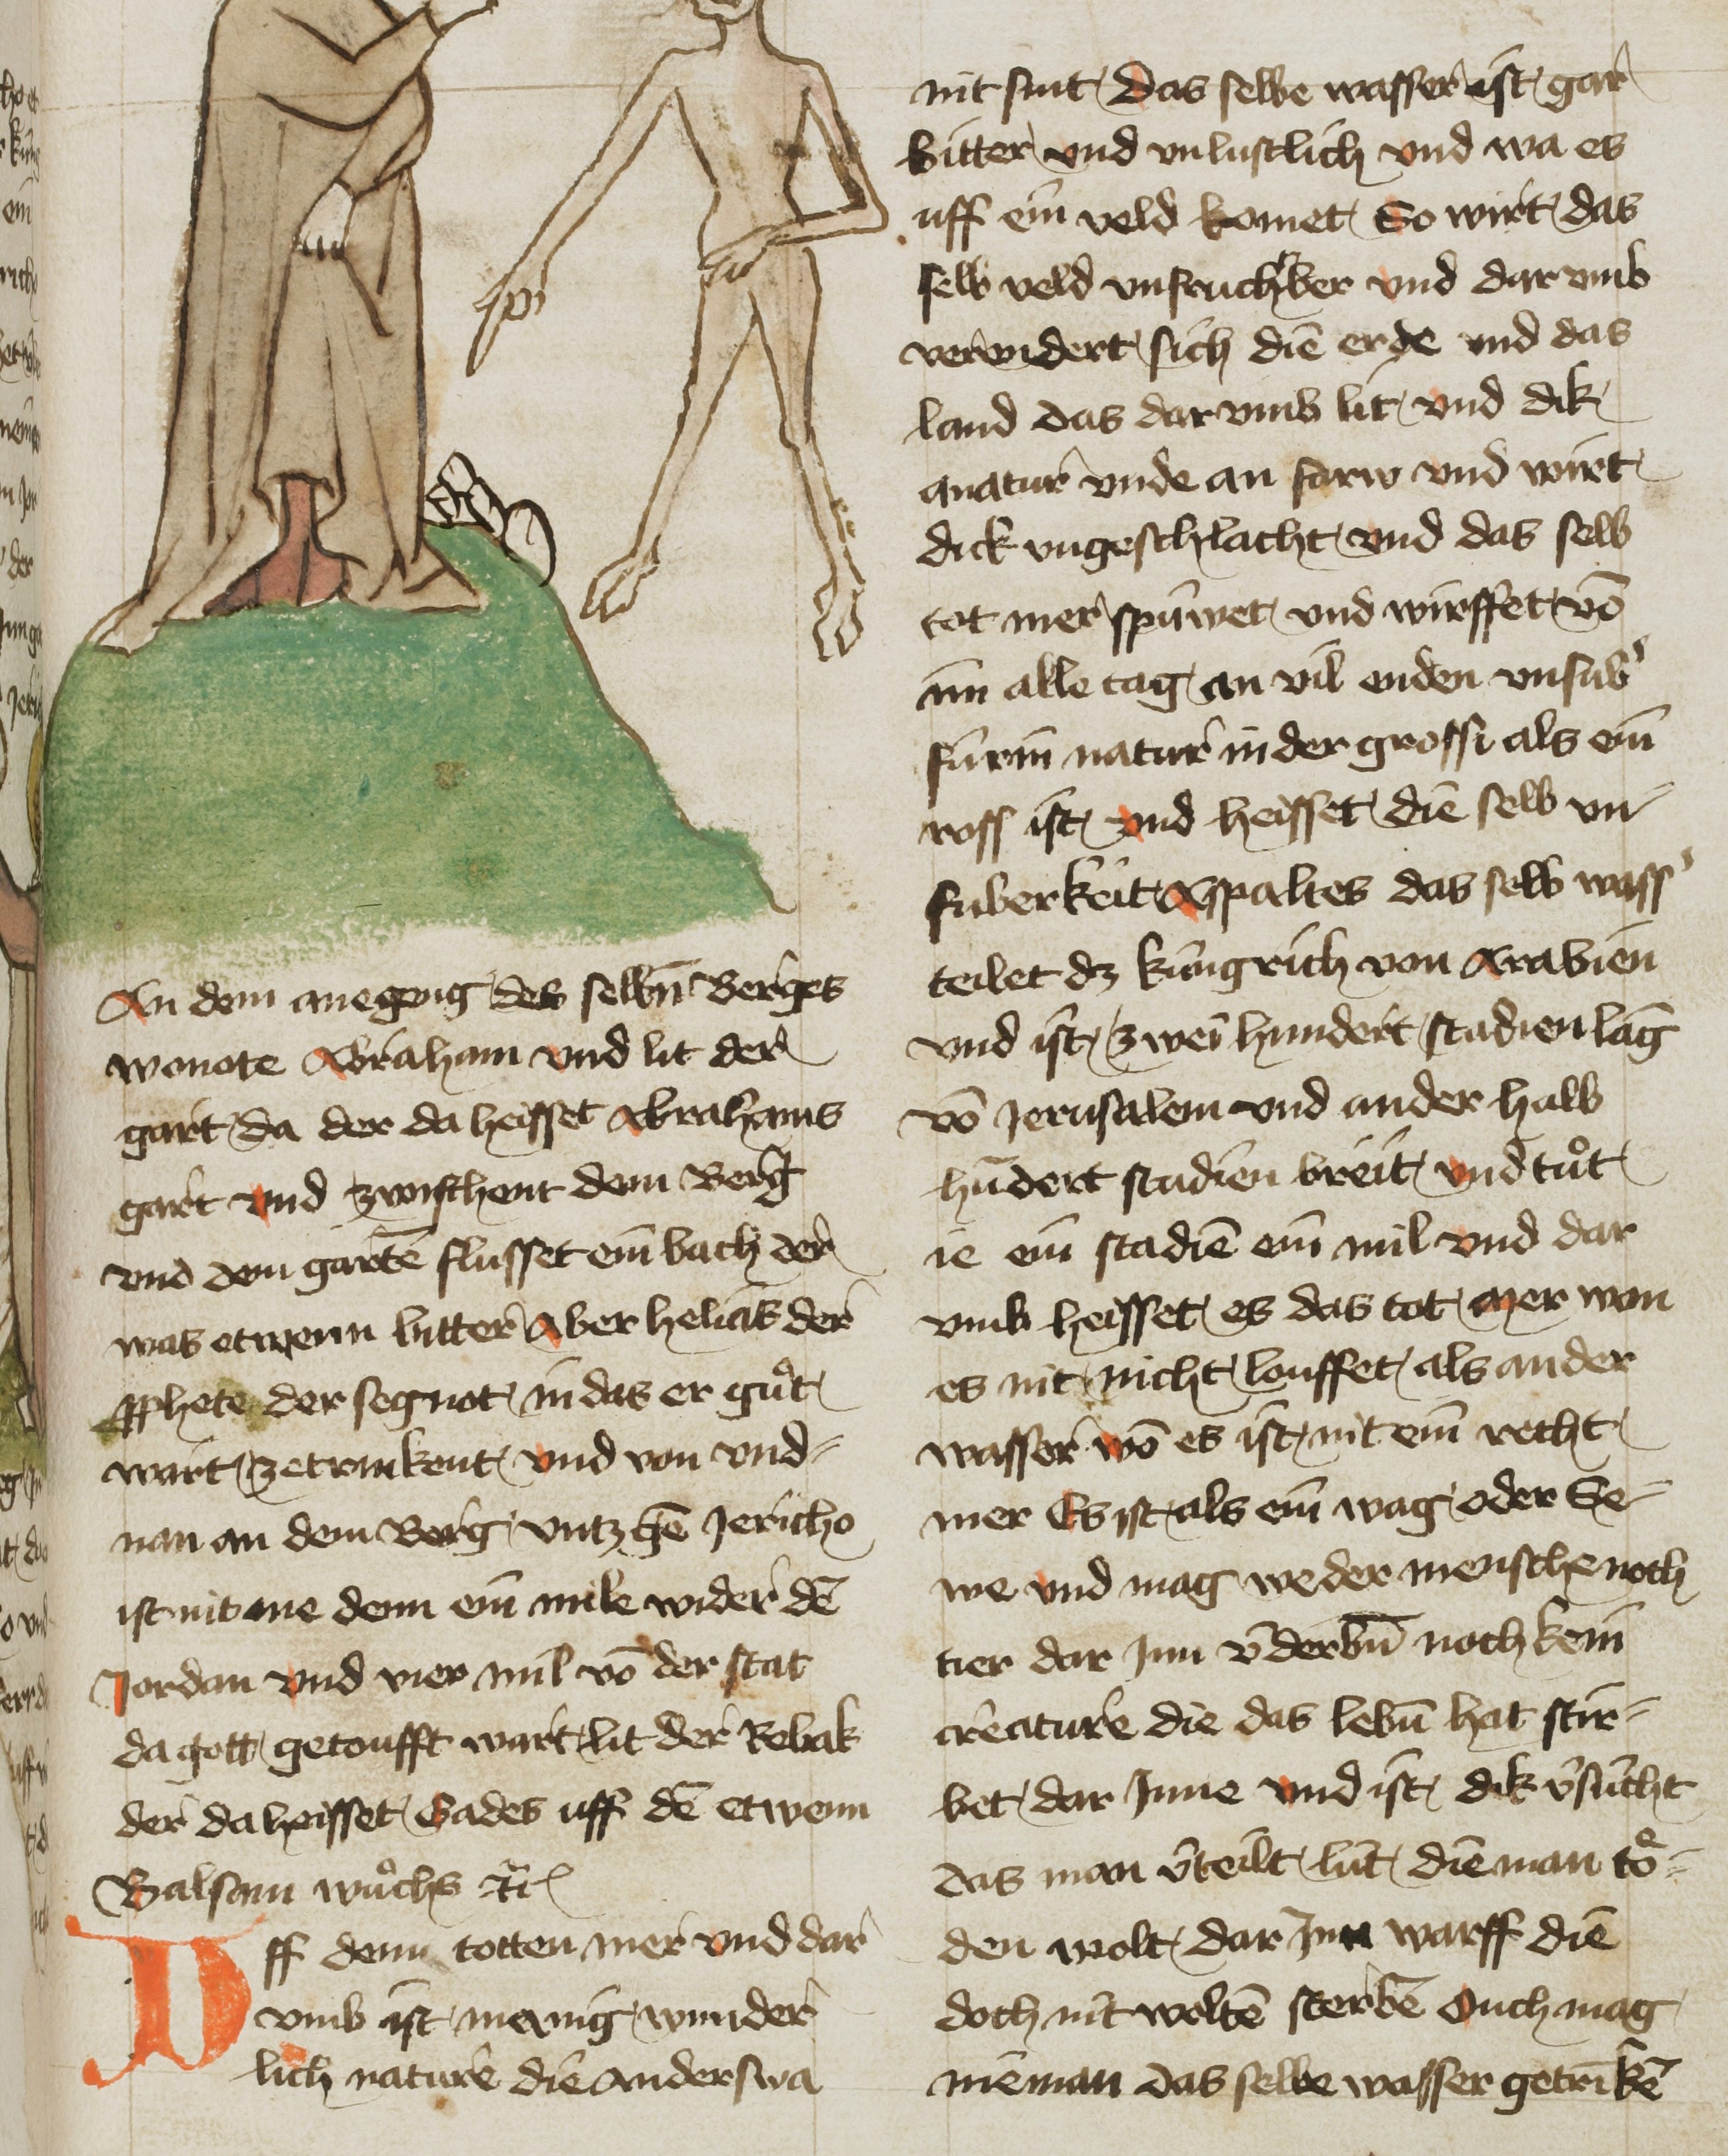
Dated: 1425–1449